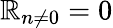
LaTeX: \mathbb{R}_{n\neq0}=0